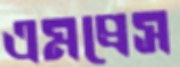
এমপ্রেস